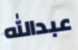
عبدالله